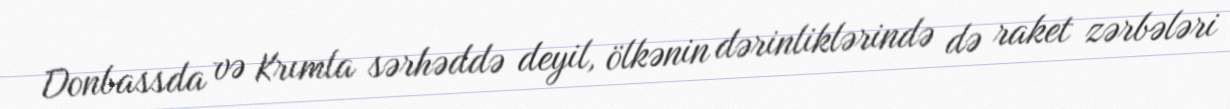
Donbassda və Krımla sərhəddə deyil, ölkənin dərinliklərində də raket zərbələri